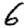
Digit: 6